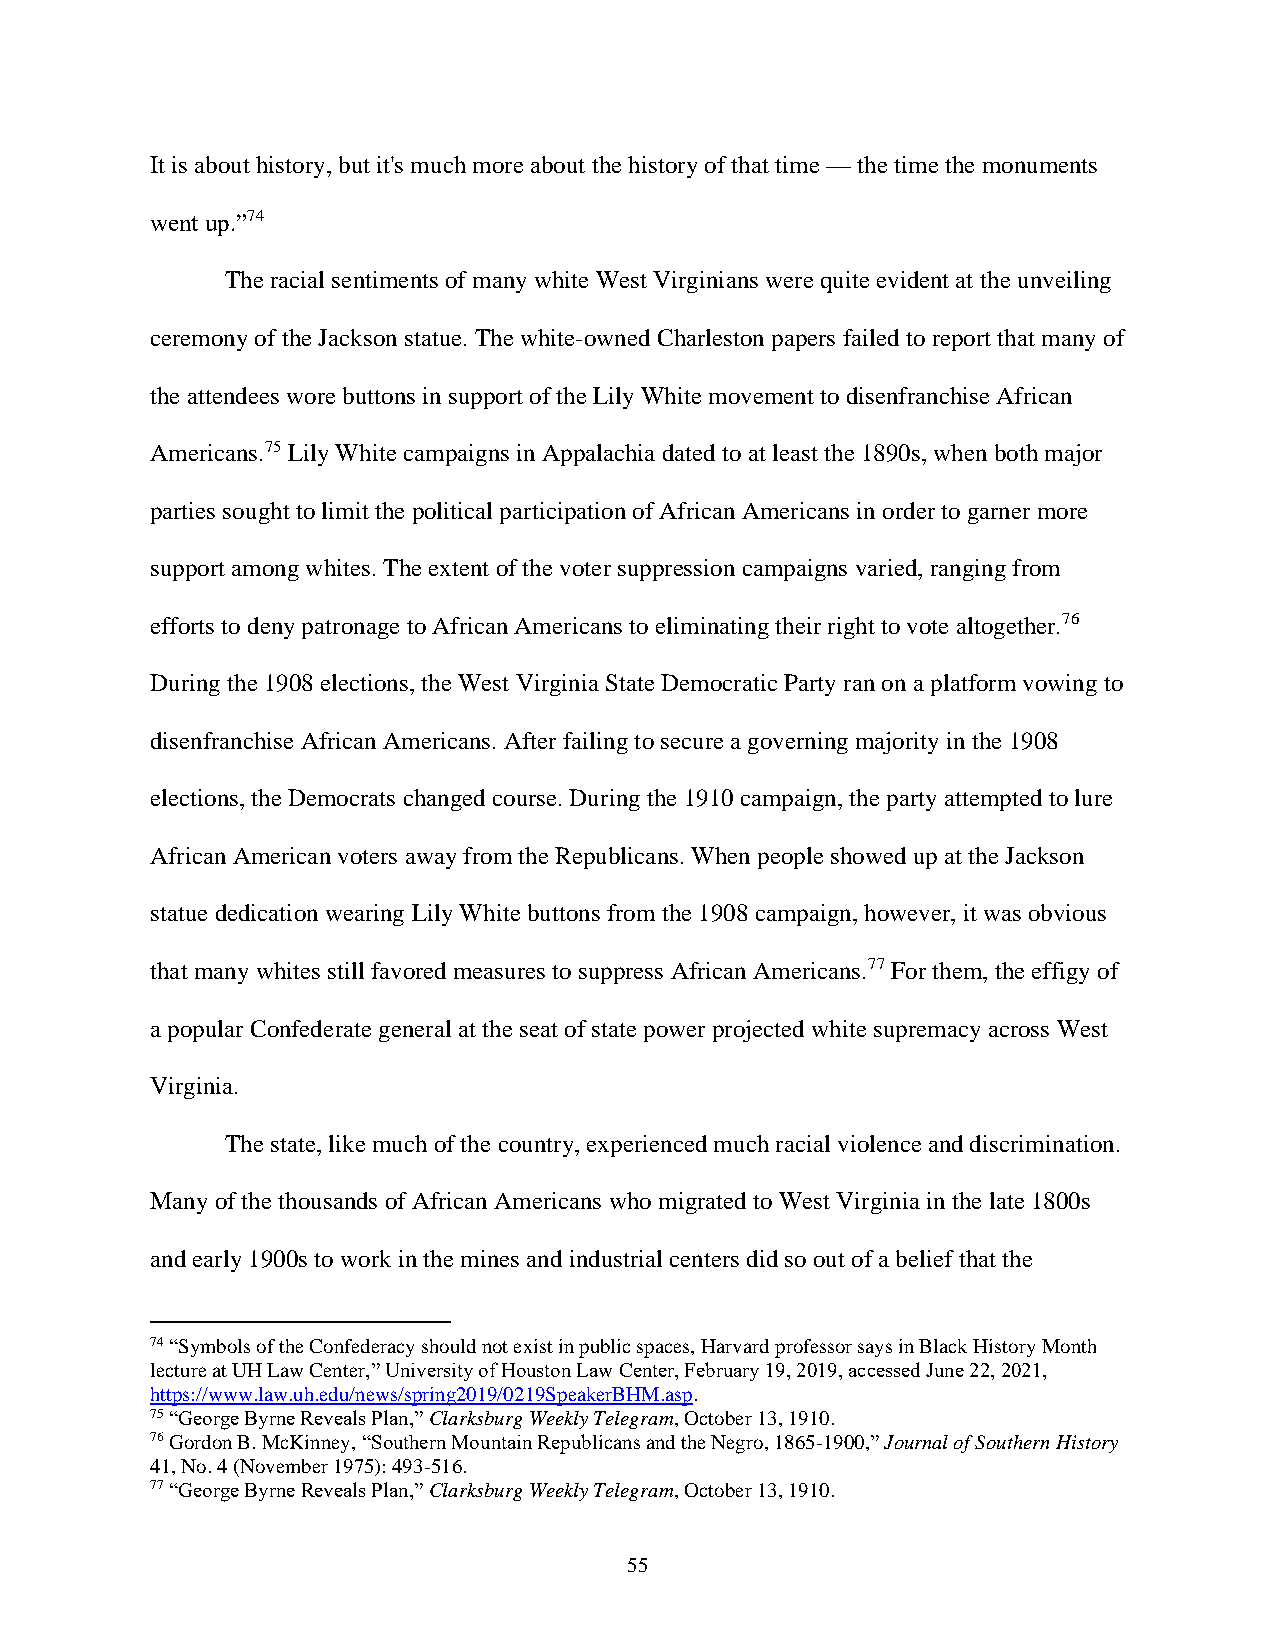
It is about history, but it's much more about the history of that time — the time the monuments
 went up.”74
 The racial sentiments of many white West Virginians were quite evident at the unveiling
 ceremony of the Jackson statue. The white-owned Charleston papers failed to report that many of
 the attendees wore buttons in support of the Lily White movement to disenfranchise African
 Americans.75 Lily White campaigns in Appalachia dated to at least the 1890s, when both major
 parties sought to limit the political participation of African Americans in order to garner more
 support among whites. The extent of the voter suppression campaigns varied, ranging from
 efforts to deny patronage to African Americans to eliminating their right to vote altogether.76
 During the 1908 elections, the West Virginia State Democratic Party ran on a platform vowing to
 disenfranchise African Americans. After failing to secure a governing majority in the 1908
 elections, the Democrats changed course. During the 1910 campaign, the party attempted to lure
 African American voters away from the Republicans. When people showed up at the Jackson
 statue dedication wearing Lily White buttons from the 1908 campaign, however, it was obvious
 that many whites still favored measures to suppress African Americans.77 For them, the effigy of
 a popular Confederate general at the seat of state power projected white supremacy across West
 Virginia.
 The state, like much of the country, experienced much racial violence and discrimination.
 Many of the thousands of African Americans who migrated to West Virginia in the late 1800s
 and early 1900s to work in the mines and industrial centers did so out of a belief that the
 74 “Symbols of the Confederacy should not exist in public spaces, Harvard professor says in Black History Month
 lecture at UH Law Center,” University of Houston Law Center, February 19, 2019, accessed June 22, 2021,
 https://www.law.uh.edu/news/spring2019/0219SpeakerBHM.asp.
 75 “George Byrne Reveals Plan,” Clarksburg Weekly Telegram, October 13, 1910.
 76 Gordon B. McKinney, “Southern Mountain Republicans and the Negro, 1865-1900,” Journal of Southern History
 41, No. 4 (November 1975): 493-516.
 77 “George Byrne Reveals Plan,” Clarksburg Weekly Telegram, October 13, 1910.
 55